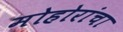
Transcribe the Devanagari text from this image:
मोहोरांचा